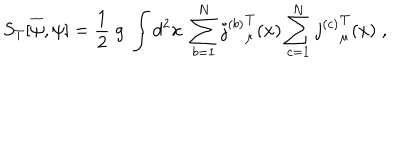
LaTeX: S _ { T } [ \overline { { { \psi } } } , \psi ] = \frac { 1 } { 2 } \; g \; \int d ^ { 2 } x \; \sum _ { b = 1 } ^ { N } { j ^ { ( b ) } } _ { \mu } ^ { T } ( x ) \sum _ { c = 1 } ^ { N } { j ^ { ( c ) } } _ { \mu } ^ { T } ( x ) \; ,